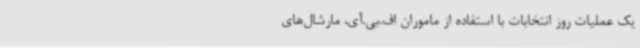
یک عملیات روز انتخابات با استفاده از ماموران اف.بی.آی، مارشال‌های